Eesti_Rahvusfond, lk 67
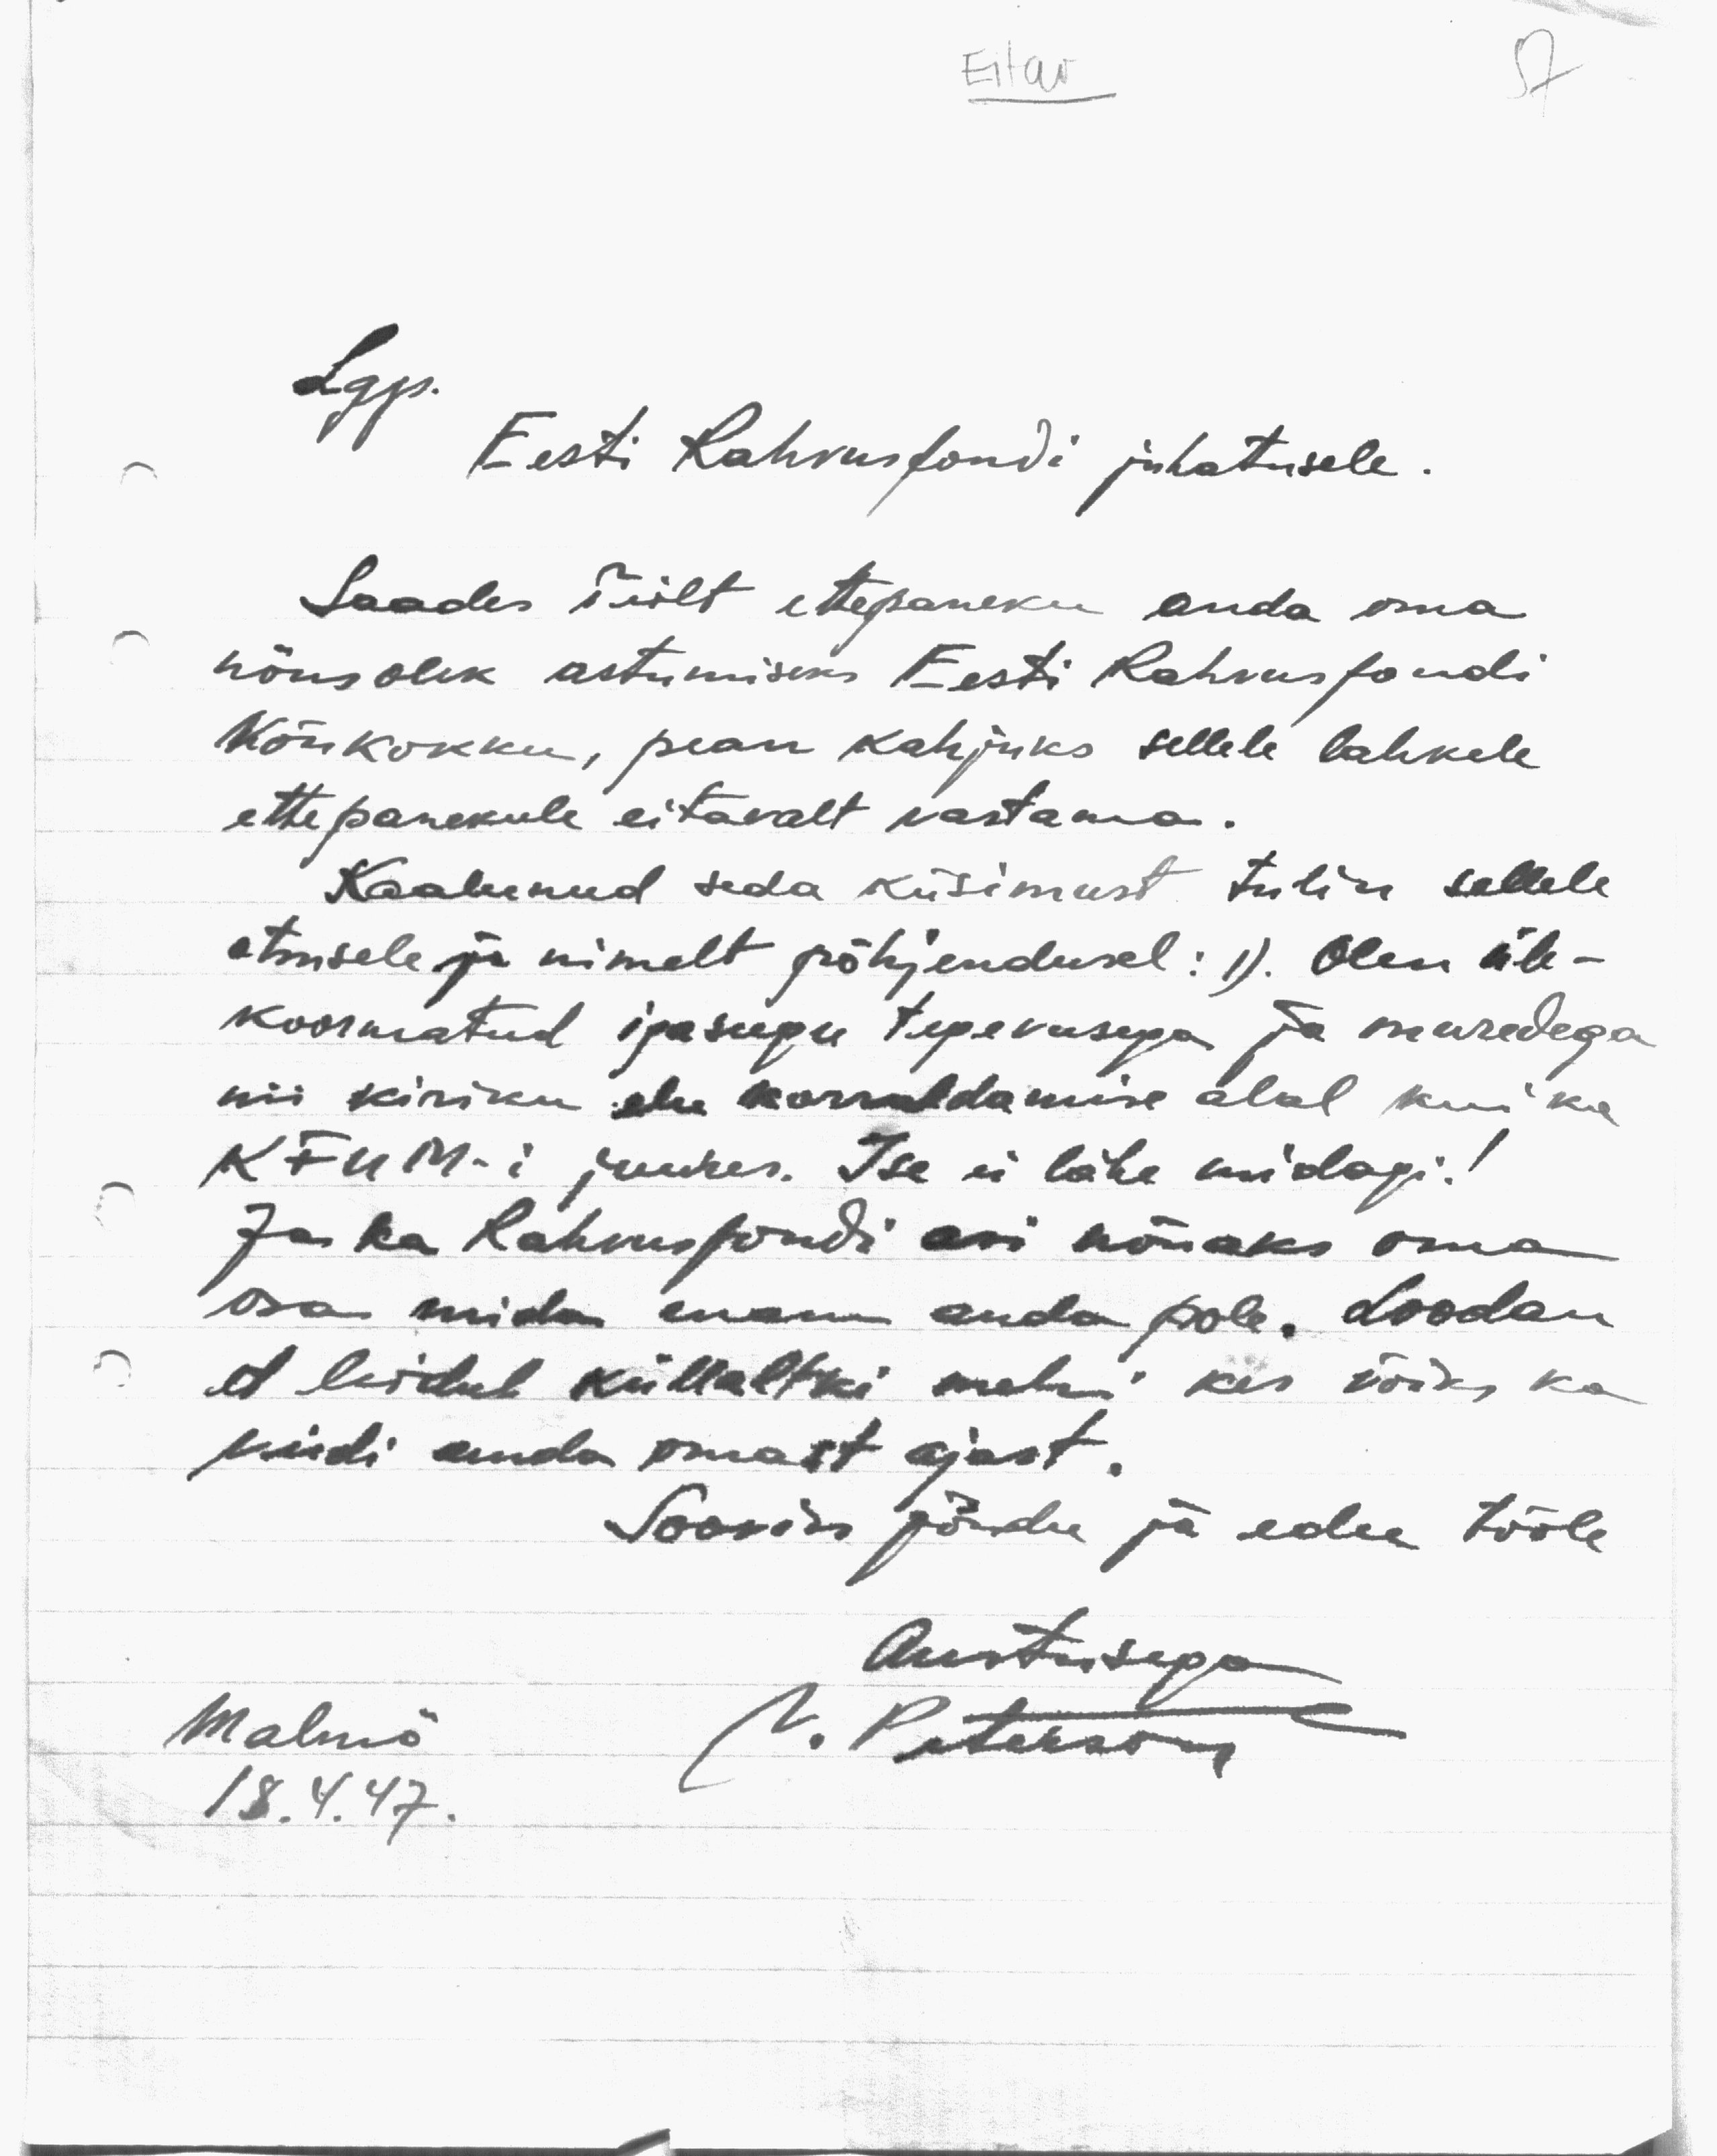
Eitav

57

Lgp.
Eesti Rahvusfondi juhatusele.
Saades Teilt ettepaneku anda oma
nõusolek astumiseks Eesti Rahvusfondi
Nõukokku, pean kahjuks sellele lahkele
ettepanekule eitavalt vastama.
Kaalunud seda küsimust tulin sellele
otsusele ja nimelt põhjendusel: 1). Olen üle-
koormatud igasugu tegevusega ja muredega
nii kiriku elu korraldamise alal kui ka
KFUM-i juures. Ise ei lähe midagi!
Ja ka Rahvusfondi asi nõuaks oma
osa mida enam anda pole. Loodan
et leidub küllaltki mehi kes võiks ka
veidi anda omast ajast.
Soovin jõudu ja edu tööle
Austusega
N. Peterson

Malmö
18. 4. 47.